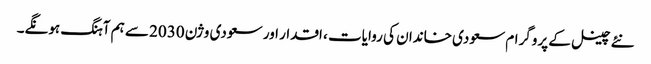
نئے چینل کے پروگرام سعودی خاندان کی روایات ، اقدار اور سعودی وژن 2030 سے ہم آہنگ ہونگے۔